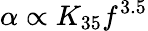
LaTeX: \alpha\propto K_{35}f^{3.5}